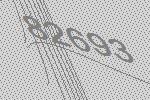
82693